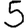
Digit: 5